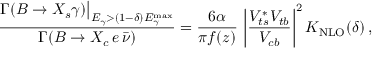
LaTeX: \frac { \Gamma ( B \to X _ { s } \gamma ) \big | _ { E _ { \gamma } > ( 1 - \delta ) E _ { \gamma } ^ { \mathrm { m a x } } } } { \Gamma ( B \to X _ { c } \, e \, \bar { \nu } ) } = \frac { 6 \alpha } { \pi f ( z ) } \, \left| \frac { V _ { t s } ^ { * } V _ { t b } } { V _ { c b } } \right| ^ { 2 } K _ { \mathrm { N L O } } ( \delta ) \, ,